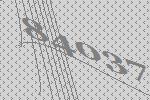
84037